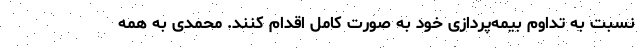
نسبت به تداوم بیمه‌پردازی خود به صورت کامل اقدام کنند. محمدی به همه